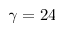
\gamma = 2 4